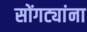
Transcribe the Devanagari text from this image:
सोंगट्यांना